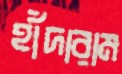
হাঁদারাম